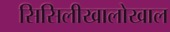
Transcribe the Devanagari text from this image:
सिसिलीखालोखाल